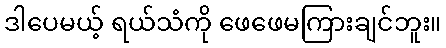
ဒါပေမယ့် ရယ်သံကို ဖေဖေမကြားချင်ဘူး။